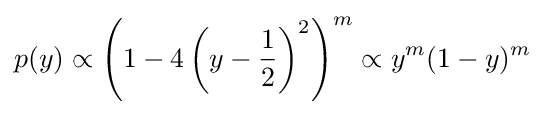
p(y)\propto \left(1-4\left(y-{\frac {1}{2}}\right)^{2}\right)^{m}\propto y^{m}(1-y)^{m}